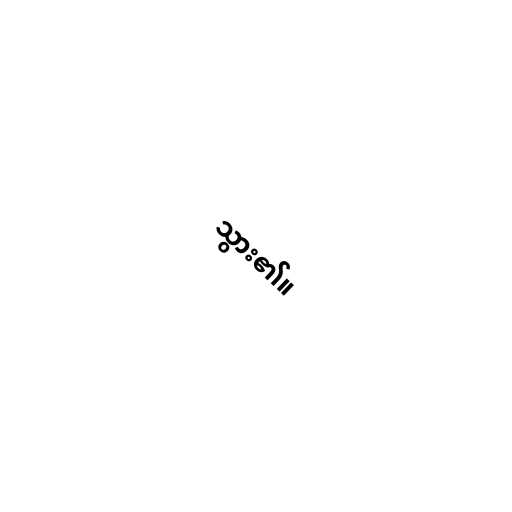
သွား၏။